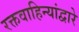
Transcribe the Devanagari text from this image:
रक्तवाहिन्यांद्वारे